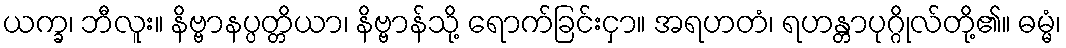
ယက္ခ၊ ဘီလူး။ နိဗ္ဗာနပ္ပတ္တိယာ၊ နိဗ္ဗာန်သို့ ရောက်ခြင်းငှာ။ အရဟတံ၊ ရဟန္တာပုဂ္ဂိုလ်တို့၏။ ဓမ္မံ၊